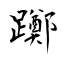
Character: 躑